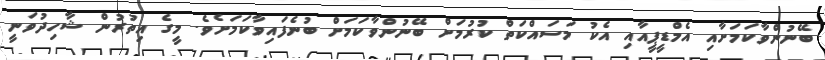
ބޭނުންވާކަމަށާއި އެމްޑީޕީއާއި އެކު މަސައްކަތް ކުރުމަށް ބޭނުންވާކަމަށް ބުނެފައިވާކަމަށެވެ. މީގެ އިތުރުން ޝާހިދުވަނީ